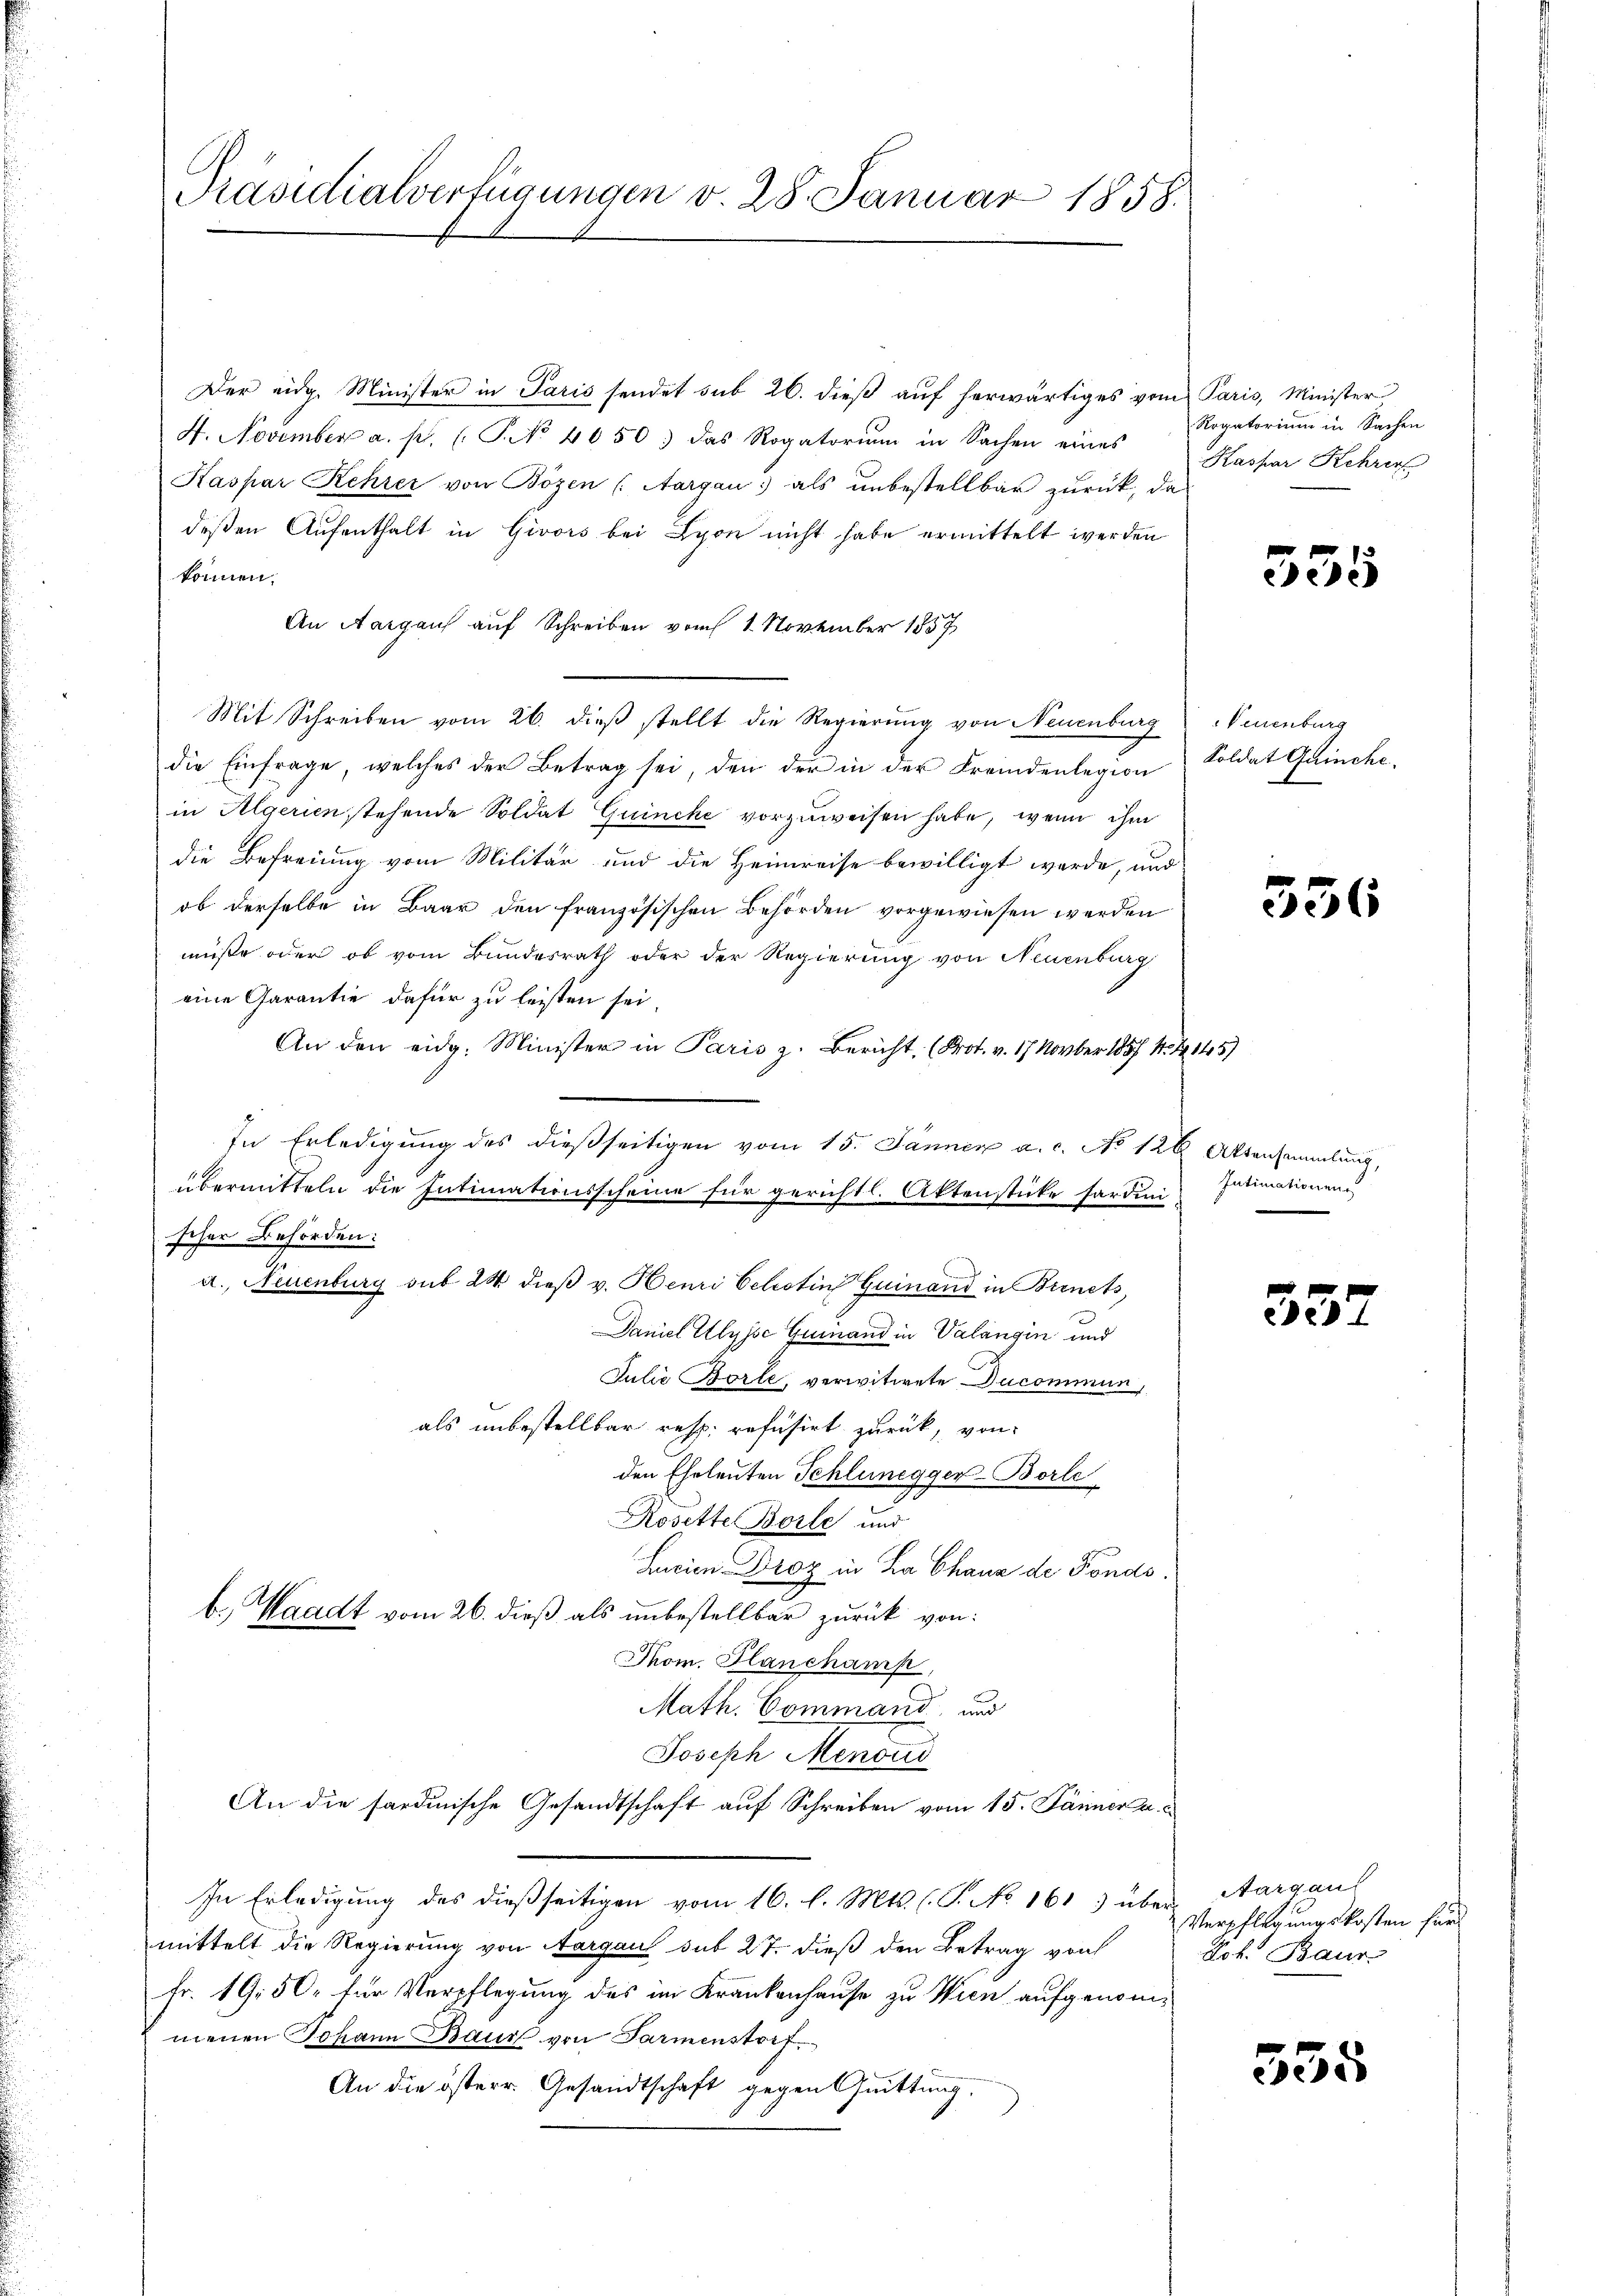
Präsidialverfügungen v. 28. Januar 1858.

Der eidg. Minister in Paris sendet sub 26. dieß auf herwärtiges vom Paris, Minister
4. November a. p. (T. No 4050 das Rogatoriŭm in Sachen eines
Kaspar Kehrer von Bozen (Aargau als unbestellbar zurück, das
deßen Aufenthalt in Givors bei Lyon nicht habe ermittelt werden
können.
An Aargau auf Schreiben vom 1. November 1857
Mit Schreiben vom 26. dieß stellt die Regierung von Neuenburg Neuenburg
die Einfrage, welches der Betrag sei, den der in der Fremdenlegion Soldat Gainche
in Algerien stehende Soldat Guinche vorzuweisen habe, wenn ihm
die Befreiung vom Militär und die Heimreise bewilligt werde, und
ob derselbe in Baar den französischen Behörden vorgewiesen werden
müße oder ob vom Bundesrath oder der Regierung von Neuenburg
eine Garantie dafür zu leisten sei,
An den eidg. Minister in Paris z. Bericht (Prot. v. 17 Novber 1854. 1145)
In Erledigung des dießseitigen vom 15. Jänner a. c. No 126 Aktensammlung,
übermitteln die Intimationsscheine für gerichtl. Aktenstücke fardini
scher Behörden:
a., Neuenburg sub 24 dieß v. Henri Celestin Guinand in Bernets
Daniel Ulysse Guinand in Valangin und
Julii Borle, verwitwete Ducommun
als unbestellbar resp. refusirt zurück, von
den Eheleuten Schlunegger-Borle
Rosette Borle und
Lurien Droz in La Chana de Fonds.
b.) Waadt vom 26. dieß als unbestellbar zurück von:
Thom. Planchank,
Math. Command, und
Joseph Menoud
An die sardinische Gesandtschaft auf Schreiben vom 15. Jänner a.c.
In Erledigung des dießseitigen vom 16. l. Mts. (T. No 1613 über Aargaul
mittelt die Regierung von Aargau sub 27. dieß den Betrag von
Fr. 19.50. für Verpflegung des im Krankenhause zu Wien aufgenommenen Johann Baur von Parmenstref
An die österr. Gesandtschaft gegen Quittung.

Rogatorium in Sachen
Kaspar Kehrer

535

556

Intimationen

e
332

Verpflegungskosten für
Lok. Baur

535